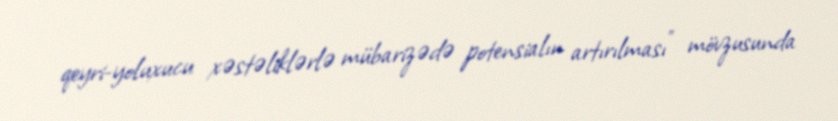
qeyri-yoluxucu xəstəliklərlə mübarizədə potensialın artırılması" mövzusunda